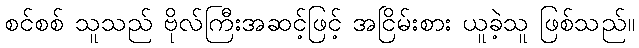
စင်စစ် သူသည် ဗိုလ်ကြီးအဆင့်ဖြင့် အငြိမ်းစား ယူခဲ့သူ ဖြစ်သည်။